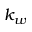
k _ { w }